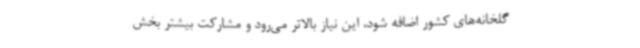
گلخانه‌های کشور اضافه شود، این نیاز بالاتر می‌رود و مشارکت بیشتر بخش